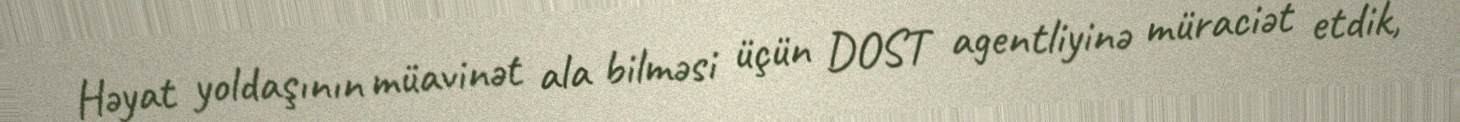
Həyat yoldaşının müavinət ala bilməsi üçün DOST agentliyinə müraciət etdik,